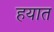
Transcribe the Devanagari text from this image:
हयात